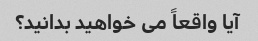
آیا واقعاً می خواهید بدانید؟